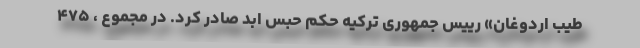
طیب اردوغان» رییس جمهوری ترکیه حکم حبس ابد صادر کرد. در مجموع ، ۴۷۵